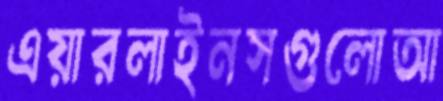
এয়ারলাইনসগুলোআ